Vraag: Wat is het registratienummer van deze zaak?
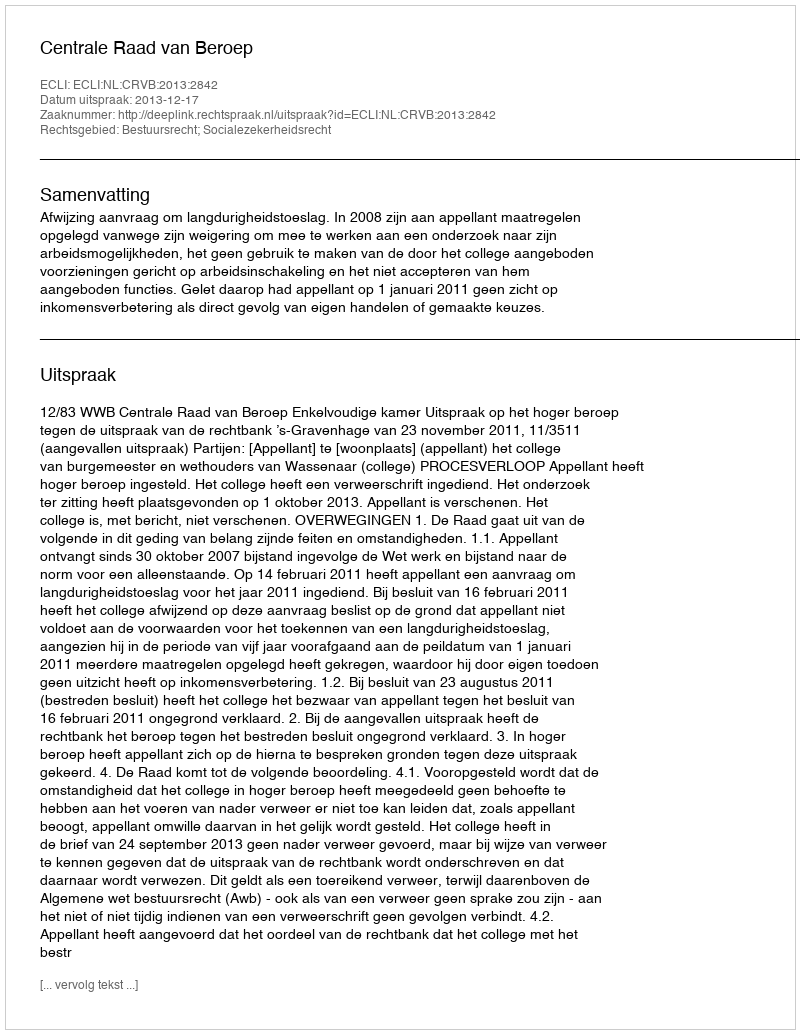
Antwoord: http://deeplink.rechtspraak.nl/uitspraak?id=ECLI:NL:CRVB:2013:2842